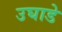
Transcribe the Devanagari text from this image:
उघाडे